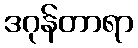
ဒဂုန်တာရာ